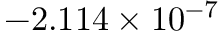
- 2 . 1 1 4 \times 1 0 ^ { - 7 }